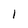
Character: 1